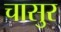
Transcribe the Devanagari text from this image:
चासुर